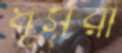
ধূসরা